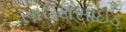
સાઉથસાઇડ